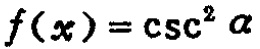
\(f(x)=\csc^{2}\alpha\)